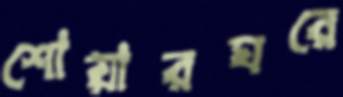
শোয়ারঘরে